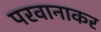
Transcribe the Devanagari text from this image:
परवानाकर